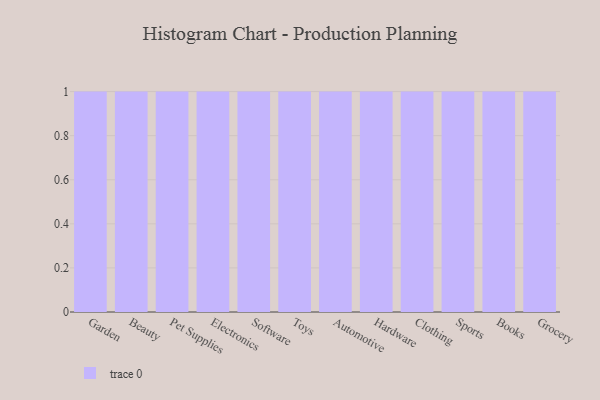
{"axis": {"x": "Category", "y": "LTV (USD)"}, "legend": [""], "data": [{"x": "Garden", "y": 56, "type": ""}, {"x": "Beauty", "y": 36, "type": ""}, {"x": "Pet Supplies", "y": 85, "type": ""}, {"x": "Electronics", "y": 3, "type": ""}, {"x": "Software", "y": 26, "type": ""}, {"x": "Toys", "y": 100, "type": ""}, {"x": "Automotive", "y": 46, "type": ""}, {"x": "Hardware", "y": 34, "type": ""}, {"x": "Clothing", "y": 28, "type": ""}, {"x": "Sports", "y": 26, "type": ""}, {"x": "Books", "y": 94, "type": ""}, {"x": "Grocery", "y": 96, "type": ""}]}